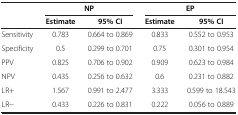
<table><thead><tr><td rowspan="2"><b> </b></td><td colspan="2"><b>NP</b></td><td colspan="2"><b>EP</b></td></tr><tr><td><b>Estimate</b></td><td><b>95% CI</b></td><td><b>Estimate</b></td><td><b>95% CI</b></td></tr></thead><tbody><tr><td>Sensitivity</td><td>0.783</td><td>0.664 to 0.869</td><td>0.833</td><td>0.552 to 0.953</td></tr><tr><td>Specificity</td><td>0.5</td><td>0.299 to 0.701</td><td>0.75</td><td>0.301 to 0.954</td></tr><tr><td>PPV</td><td>0.825</td><td>0.706 to 0.902</td><td>0.909</td><td>0.623 to 0.984</td></tr><tr><td>NPV</td><td>0.435</td><td>0.256 to 0.632</td><td>0.6</td><td>0.231 to 0.882</td></tr><tr><td>LR+</td><td>1.567</td><td>0.991 to 2.477</td><td>3.333</td><td>0.599 to 18.543</td></tr><tr><td>LR-</td><td>0.433</td><td>0.226 to 0.831</td><td>0.222</td><td>0.056 to 0.889</td></tr></tbody></table>